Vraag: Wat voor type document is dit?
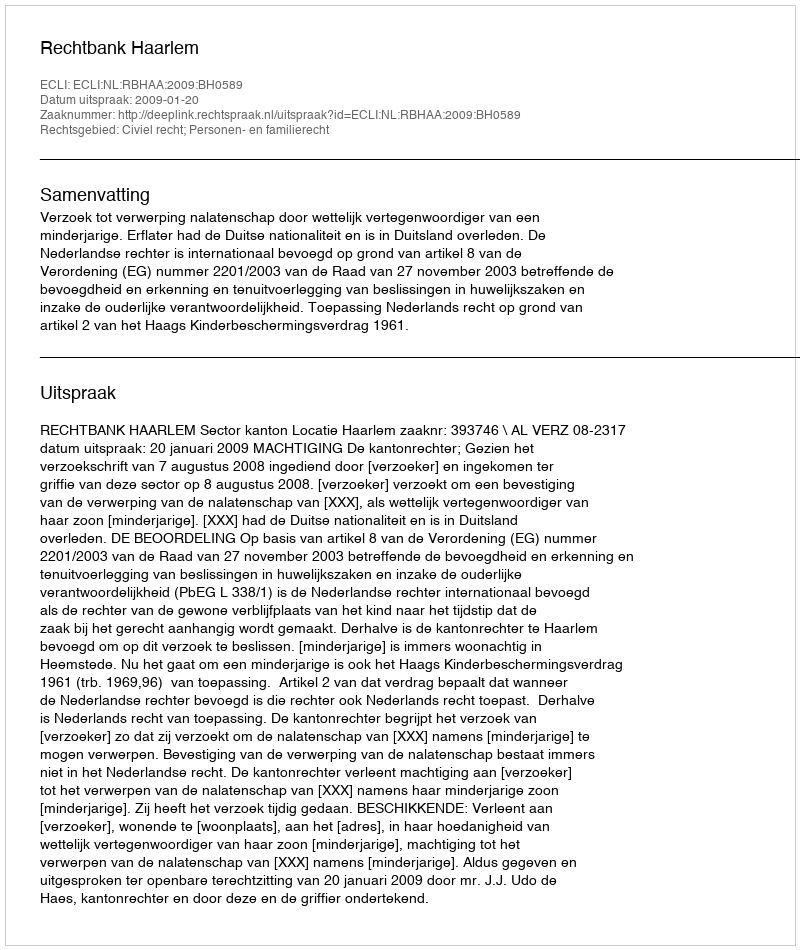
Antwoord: Uitspraak